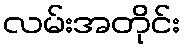
လမ်းအတိုင်း